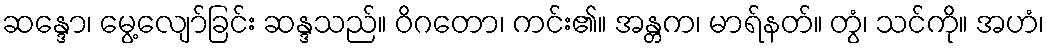
ဆန္ဒော၊ မွေ့လျော်ခြင်း ဆန္ဒသည်။ ဝိဂတော၊ ကင်း၏။ အန္တက၊ မာရ်နတ်။ တွံ၊ သင်ကို။ အဟံ၊